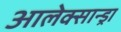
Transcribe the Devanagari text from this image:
आलेक्सान्ड्रा